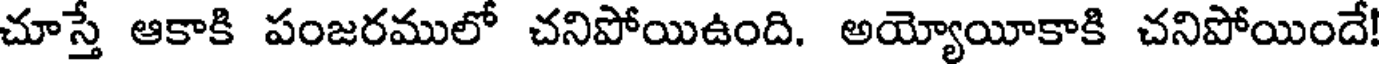
చూస్తే ఆకాకి పంజరములో చనిపోయిఉంది. అయ్యోయీకాకి చనిపోయిందే!